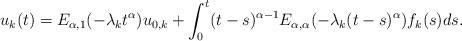
LaTeX: \begin{align*}u_{k}(t) = E_{\alpha,1}(-\lambda_{k}t^{\alpha})u_{0,k}+ \int_{0}^{t}(t-s)^{\alpha-1}E_{\alpha,\alpha}(-\lambda_{k}(t-s)^{\alpha})f_{k}(s)ds.\end{align*}